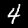
Digit: 4